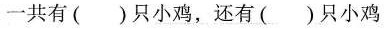
一共有()只小鸡，还有()只小鸡